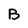
Character: B